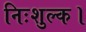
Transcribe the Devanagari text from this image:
निःशुल्क।